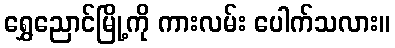
ရွှေညောင်မြို့ကို ကားလမ်း ပေါက်သလား။